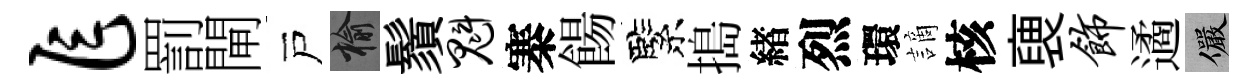
乍罰閘戸榆鬚魁寨餳緊搗緖烈環謫核褏饰遹儼